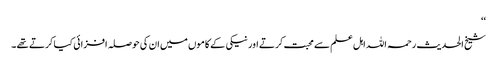
‘‘
شیخ الحدیث رحمہ اللہ اہل علم سے محبت کرتے اورنیکی کے کاموں میں ان کی حوصلہ افزائی کیا کرتے تھے ۔